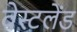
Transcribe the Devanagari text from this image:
वेस्टलेंड